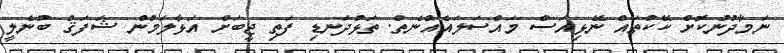
ނަމާދުނުކޮށް ކޭކުތައް ނޭޅިއަސް މައްސަލައެއްނެތް. ތަޅުދަނޑި ފަތި ޖީބަށް އަޅާލަމުން ޝަފަޤް ބުނެލީ